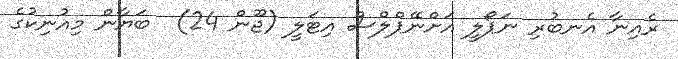
ރެއިނާ އެނބުރި ނަޕޯލީ އަށްނޭޕްލްސް އިޓަލީ (ޖޫން 24)  ބަޔާން މިއުނިކުގެ